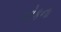
ઓકના